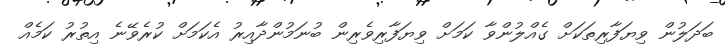
ބަދަލުން ވިޔަފާރިތަކަށް ގެއްލުންވާ ކަމަށް ވިޔަފާރިވެރިން ބުނަމުންދާއިރު އެކަމަށް ކުރެވޭނެ އިތުރު ކަމެއް